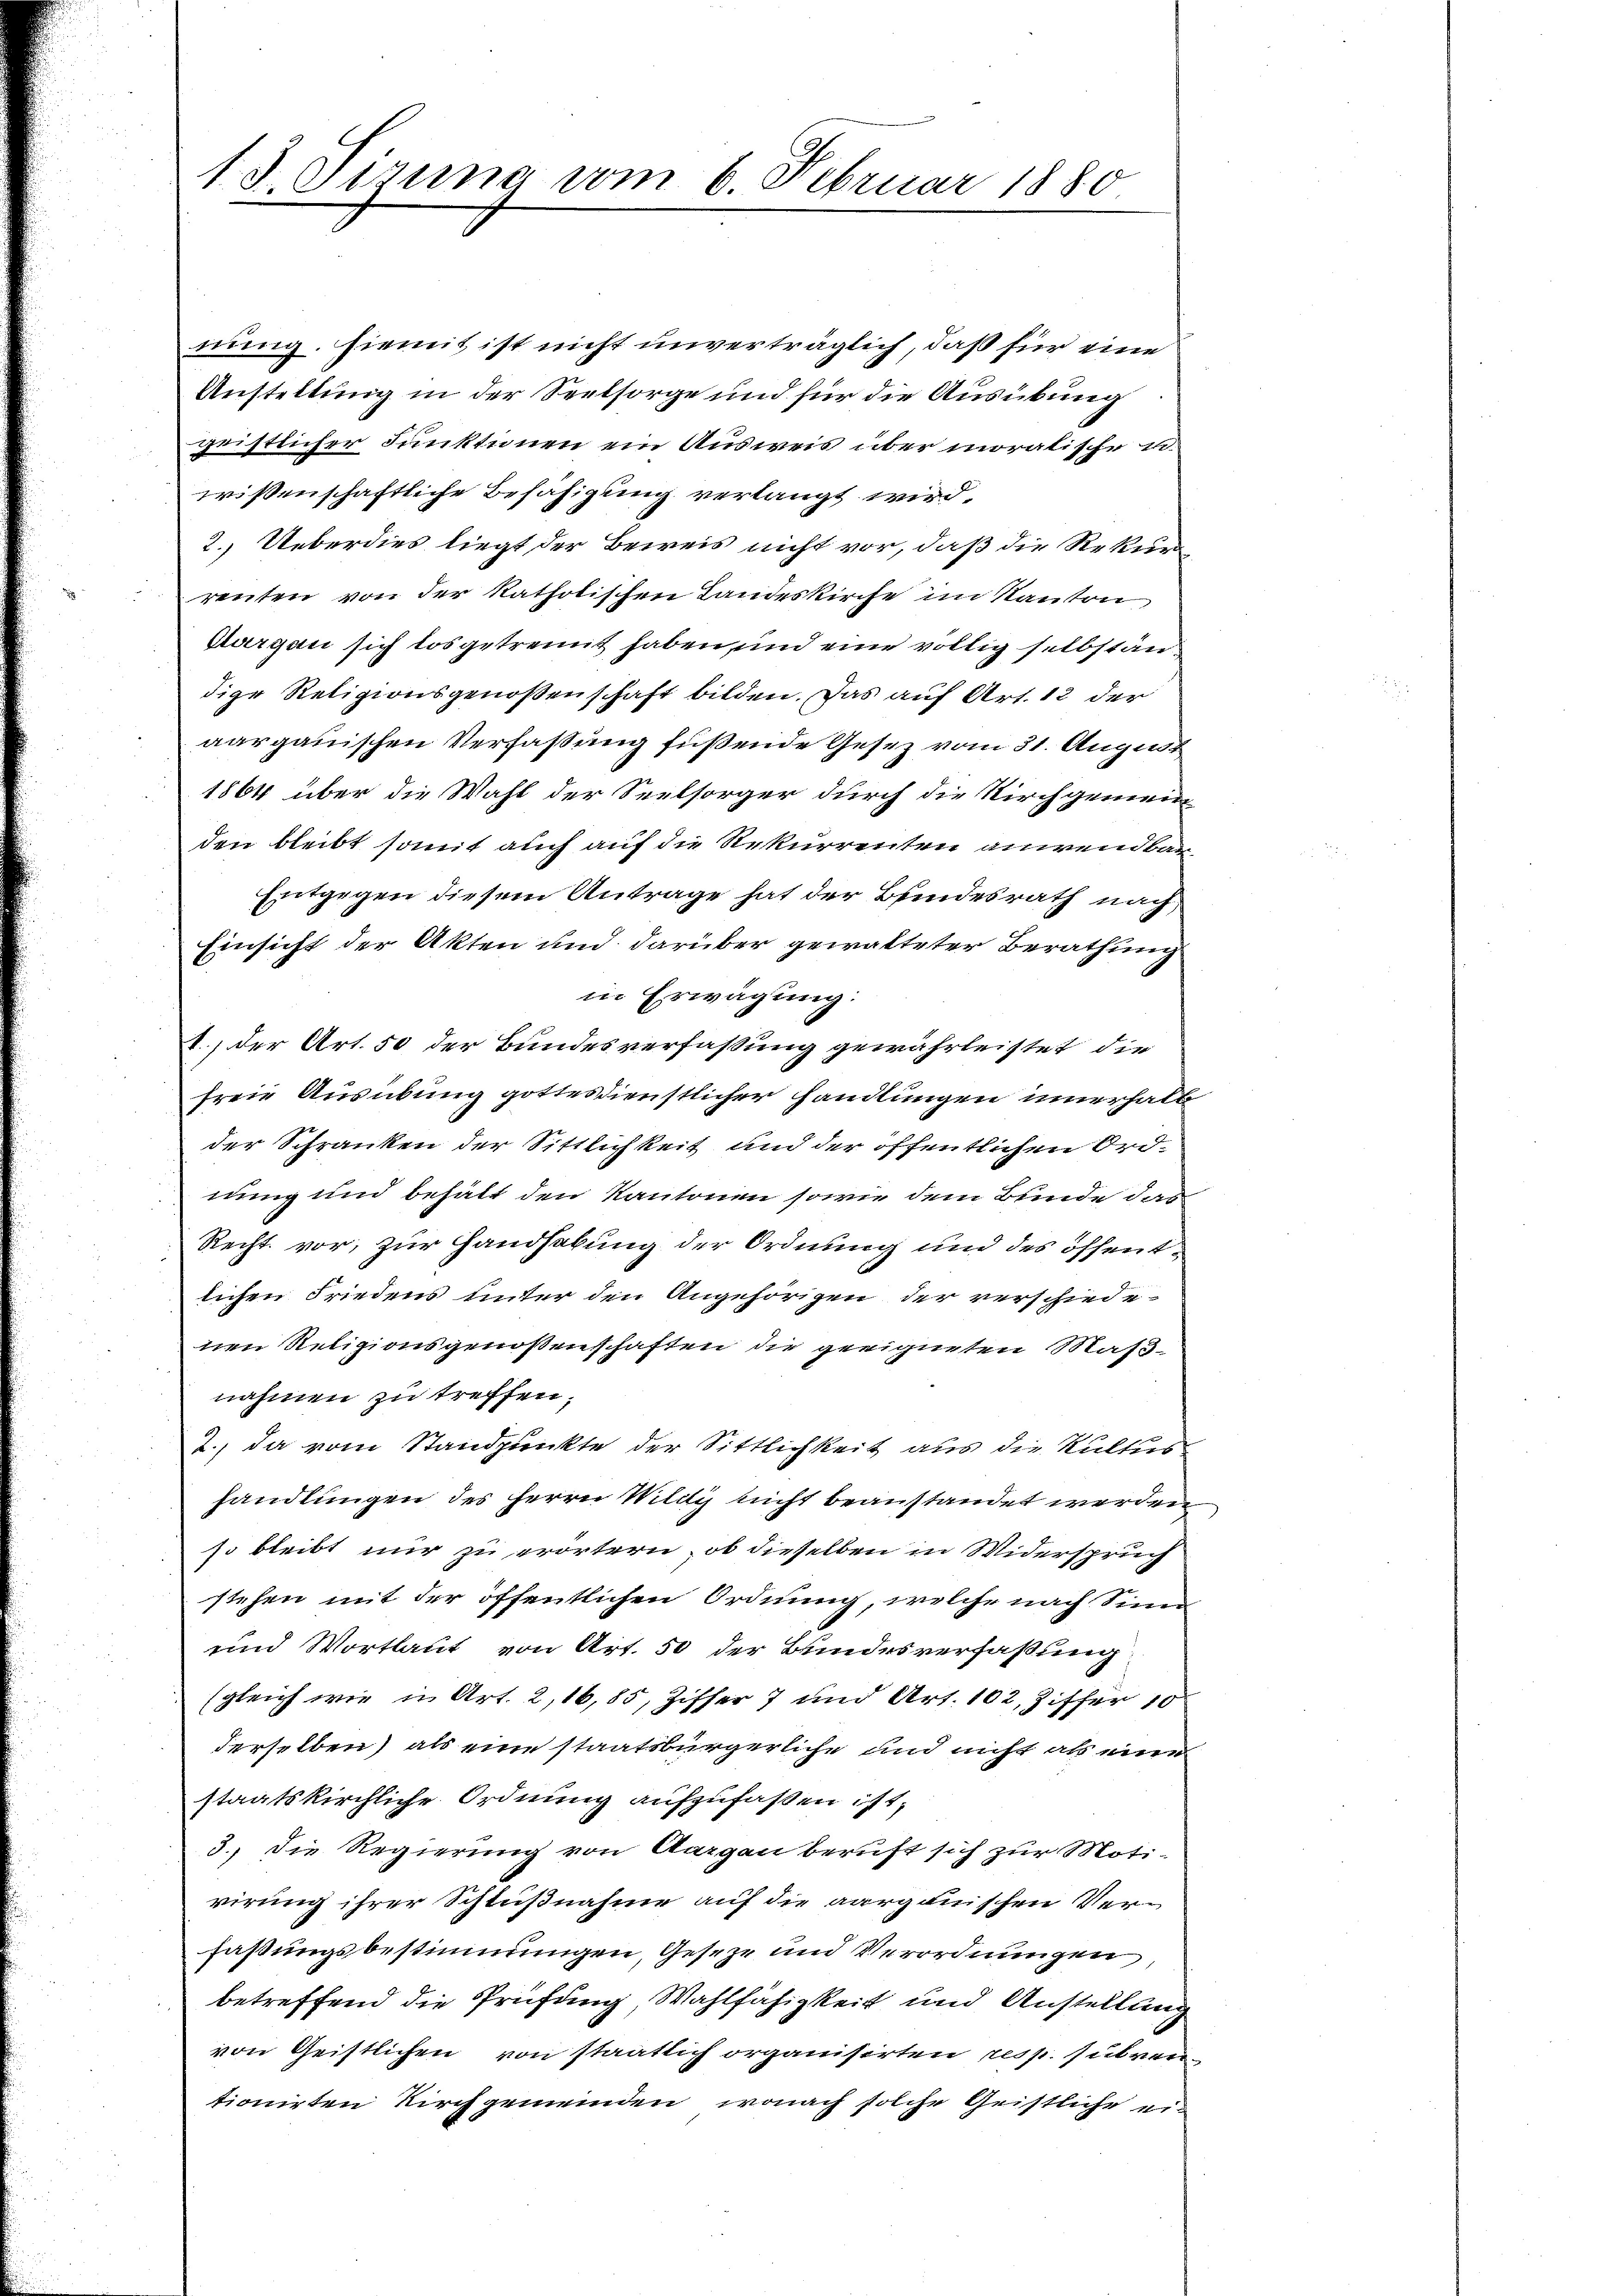
1. d. Gesung vom 6. Februar 1880

nung hiemit ist nicht unverträglich, daß für eine
Anstellung in der Seelsorge und für die Ausübung
geistlicher Funktionen ein Ausweis über moralische u.
wissenschaftliche Befähigung verlangt wird.
2.) Ueberdies liegt der Beweis nicht vor, daß die Rekurrenten von der katholischen Landeskirche im Kanton
Margen sich losgetrennt haben, und eine völlig selbständige Religionsgenoßenschaft bilden. Das auf Art. 12 der
aargauischen Verfassung füßende Gesetz vom 31. August
1864 über die Wahl der Seelsorger durch die Kirchgemein
den bleibt somit auch auf die Rekurrenten anwendbar.
Entgegen diesem Antrage hat der Bundesrath nach,
Einsicht der Akten und darüber gewalteter Berathung
in Erwägung:
1.) der Art. 50 der Bundesverfaßung gewährleistet, die
freie Ausübung gottesdienstlicher handlungen innerhalbder Schranken der Sittlichkeit und der öffentlichen Ordrung und behält den Kantonen sowie dem Bunde das
Recht vor, zur Handhabung der Ordnung und des öffentlichen Friedens unter den Angehörigen der verschiede-
nen Religionsgenoßenschaften die geeigneten Maßnahmen zu treffen,
2., da vom Standpunkte der Sittlichkeit aus die Kultus
handlungen des Herrn Wilitis nicht beanstandet werden
so bleibt nur zu erörtern, ob dieselben in Widerspruch
stehen mit der öffentlichen Ordnung, welche nach Sinn
und Wortlaut von Art. 50 der Bundesverfaßung
(gleich wie in Art. 2,16,85, Ziffer 7 und Art. 102, Ziffer 10
derselben) als eine staatsbürgerliche und nicht als eine
staatskirchliche Ordnung aufzufassen ist,
3.) Die Regierung von Aargau beruft sich zur Motivirung ihrer Schlußnahme auf die aargauischen Verfaßungsbestimmungen, Geseze und Verordnungen,
betreffend die Prüfung Wahlfähigkeit und Anstellung
von Geistlichen von staatlich organisirten resp. subventionirten Kirchgemeinden, wonach solche Geistliche ei¬